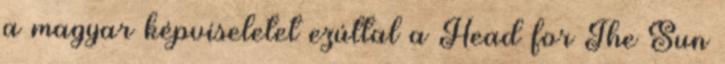
a magyar képviseletet ezúttal a Head for The Sun